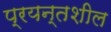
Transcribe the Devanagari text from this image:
प्रयन्तशील